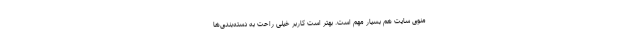
منوی سایت هم بسیار مهم است. بهتر است کاربر خیلی راحت به دسته‌بندی‌ها